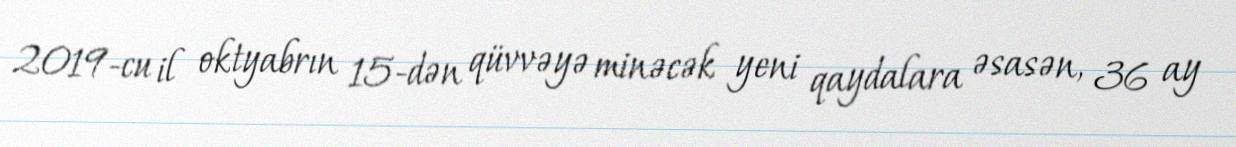
2019-cu il oktyabrın 15-dən qüvvəyə minəcək yeni qaydalara əsasən, 36 ay